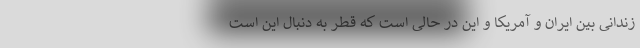
زندانی بین ایران و آمریکا و این در حالی است که قطر به دنبال این است